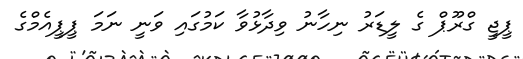
ޕީޖީ ގްރޫޕް ގެ ލީޑަރު ނިހާނު ވިދާޅުވާ ކަމުގައި ވަނީ ނަމަ ޕީޕީއެމްގެ